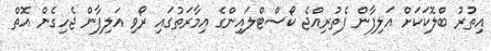
އިތުރު ބްލޮކަކަށް އަލިފާން ފެތުރިއްޖެ ކޯސްޓްލައިންގެ އިމާރަތުގައި ރޯވި އަލިފާން ޖެހިގެން އޮތް